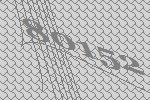
80152